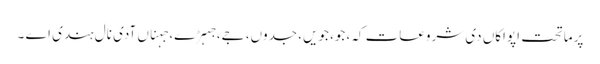
پرماتحت اپواکاں دی شروعات کہ، جو، جویں، جدوں، جے، جہڑے، جہناں آدی نال ہندی اے ۔